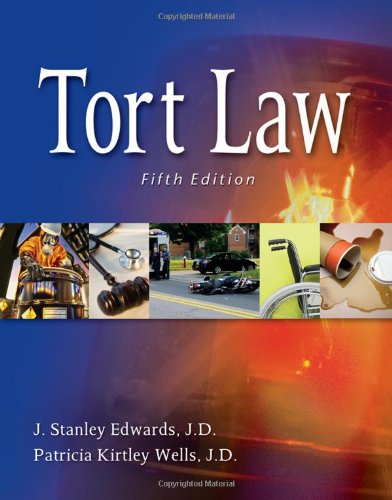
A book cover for Tort Law, 5th Edition; Linda L. Edwards; Law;